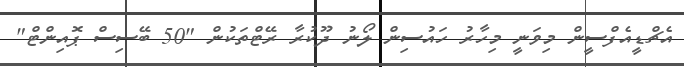
އެޗްޑީއެފްސީން މިވަނީ މިހާރު ހައުސިން ލޯނު ދޫކުރާ ރޭޓްތަކުން "50 ބޭސިސް ޕޮއިންޓް"